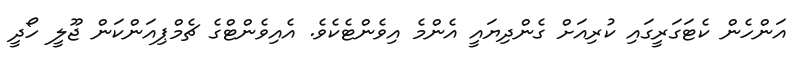
އަންހެން ކެޓަގަރީގައި ކުރިއަށް ގެންދިޔައީ އެންމެ އިވެންޓެކެވެ. އެއިވެންޓްގެ ޗެމްޕިއަންކަން ޖޫލީ ހޯދީ